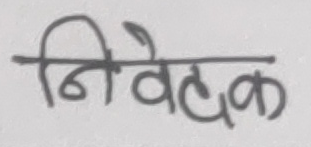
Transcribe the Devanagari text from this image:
निवेदक